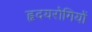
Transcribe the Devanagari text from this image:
हृदयरोगियों